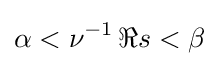
\alpha <\nu ^{-1}\,\Re s<\beta